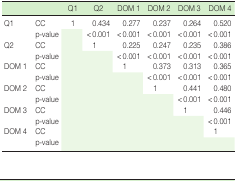
<table><thead><tr><td></td><td></td><td><b>Q1</b></td><td><b>Q2</b></td><td><b>DOM 1</b></td><td><b>DOM 2</b></td><td><b>DOM 3</b></td><td><b>DOM 4</b></td></tr></thead><tbody><tr><td>Q1</td><td>CC</td><td>1</td><td>0.434</td><td>0.277</td><td>0.237</td><td>0.264</td><td>0.520</td></tr><tr><td></td><td>p-value</td><td></td><td>&lt; 0.001</td><td>&lt; 0.001</td><td>&lt;0.001</td><td>&lt; 0.001</td><td>&lt; 0.001</td></tr><tr><td>Q2</td><td>CC</td><td></td><td>1</td><td>0.225</td><td>0.247</td><td>0.235</td><td>0.386</td></tr><tr><td></td><td>p-value</td><td></td><td></td><td>&lt; 0.001</td><td>&lt;0.001</td><td>&lt; 0.001</td><td>&lt; 0.001</td></tr><tr><td>DOM 1</td><td>CC</td><td></td><td></td><td>1</td><td>0.373</td><td>0.313</td><td>0.365</td></tr><tr><td></td><td>p-value</td><td></td><td></td><td></td><td>&lt;0.001</td><td>&lt; 0.001</td><td>&lt; 0.001</td></tr><tr><td>DOM 2</td><td>CC</td><td></td><td></td><td></td><td>1</td><td>0.441</td><td>0.480</td></tr><tr><td></td><td>p-value</td><td></td><td></td><td></td><td></td><td>&lt; 0.001</td><td>&lt; 0.001</td></tr><tr><td>DOM 3</td><td>CC</td><td></td><td></td><td></td><td></td><td>1</td><td>0.446</td></tr><tr><td></td><td>p-value</td><td></td><td></td><td></td><td></td><td></td><td>&lt; 0.001</td></tr><tr><td>DOM 4</td><td>CC</td><td></td><td></td><td></td><td></td><td></td><td>1</td></tr><tr><td></td><td>p-value</td><td></td><td></td><td></td><td></td><td></td><td></td></tr></tbody></table>